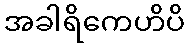
အခါရိကေဟိပိ